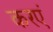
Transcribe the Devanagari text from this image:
करएं